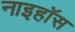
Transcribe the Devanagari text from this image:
नाइहॉस